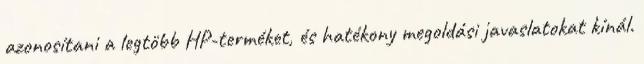
azonosítani a legtöbb HP-terméket, és hatékony megoldási javaslatokat kínál.